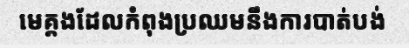
មេគ្គងដែលកំពុងប្រឈមនឹងការបាត់បង់